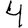
Digit: 4